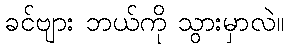
ခင်ဗျား ဘယ်ကို သွားမှာလဲ။